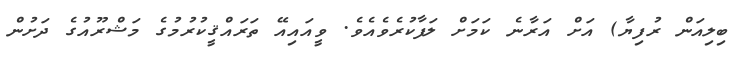
ބިލިއަން ރުފިޔާ) އަށް އަރާނެ ކަމަށް ލަފާކުރެވެއެވެ. ވީއައިއޭ ތަރައްޤީކުރުމުގެ މަޝްރޫއުގެ ދަށުން